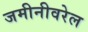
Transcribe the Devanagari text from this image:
जमीनीवरेल